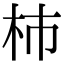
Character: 杮